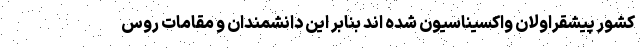
کشور پیشقراولان واکسیناسیون شده اند بنابر این دانشمندان و مقامات روس